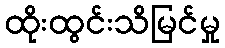
ထိုးထွင်းသိမြင်မှု